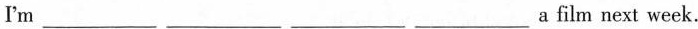
I'm___ ___ ___ a film next week.